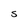
Character: S